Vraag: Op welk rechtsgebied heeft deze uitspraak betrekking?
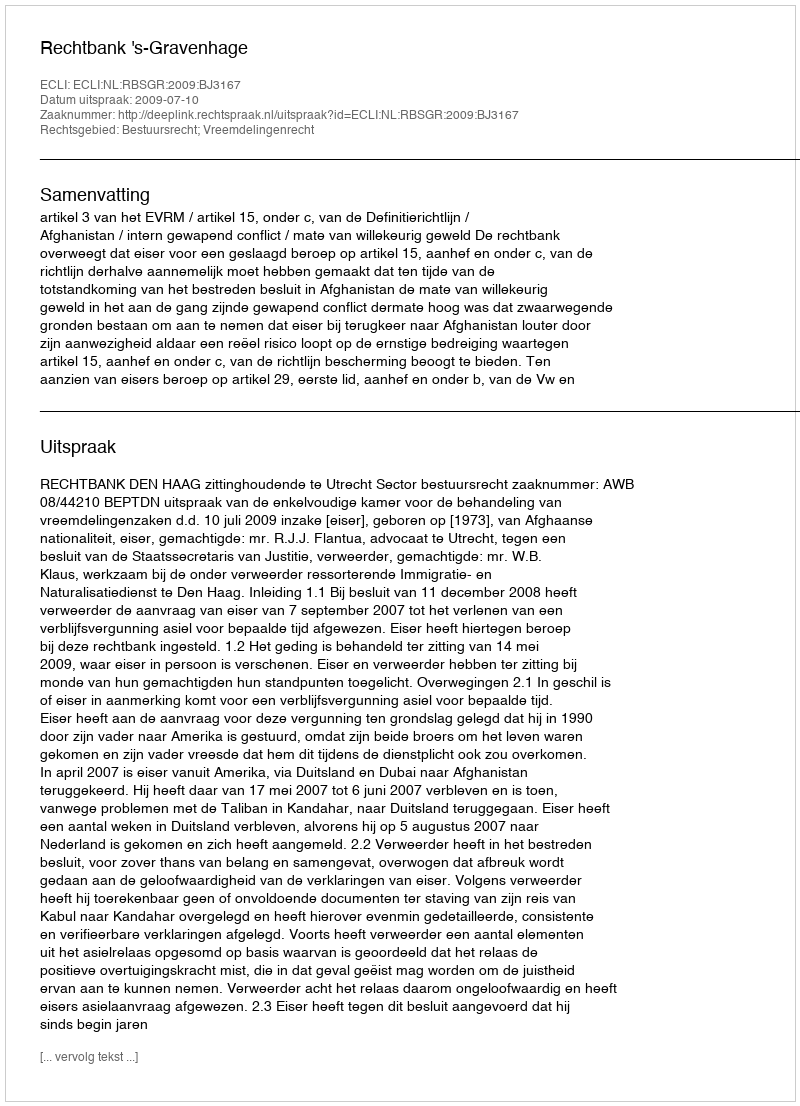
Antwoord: Bestuursrecht; Vreemdelingenrecht